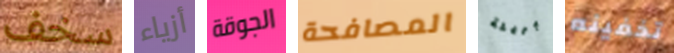
سخف أزياء الجوقة المصافحة بريئة تخفينه